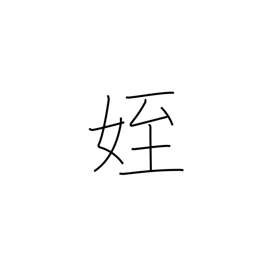
Meaning: niece